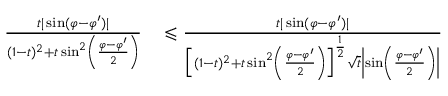
\begin{array} { r l } { \frac { t | \sin ( \varphi - \varphi ^ { \prime } ) | } { ( 1 - t ) ^ { 2 } + t \sin ^ { 2 } \left( \frac { \varphi - \varphi ^ { \prime } } { 2 } \right) } } & { { } \leqslant \frac { t | \sin ( \varphi - \varphi ^ { \prime } ) | } { \Big [ ( 1 - t ) ^ { 2 } + t \sin ^ { 2 } \left( \frac { \varphi - \varphi ^ { \prime } } { 2 } \right) \Big ] ^ { \frac { 1 } { 2 } } \sqrt { t } \left| \sin \left( \frac { \varphi - \varphi ^ { \prime } } { 2 } \right) \right| } } \end{array}